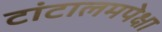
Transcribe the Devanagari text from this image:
टांटालमपेक्षा